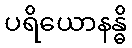
ပရိယောနန္ဓိ